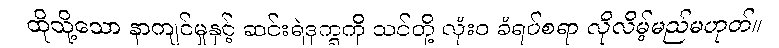
ထိုသို့သော နာကျင်မှုနှင့် ဆင်းရဲဒုက္ခကို သင်တို့ လုံးဝ ခံရပ်စရာ လိုလိမ့်မည်မဟုတ်။